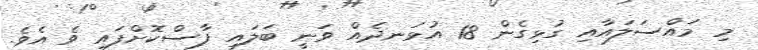
މި މައްސަލައާއި ގުޅިގެން 18 އުޅަނދެއް ވަނީ ބަލައި ފާސްކޮށްފައި ވެ އެވެ.